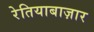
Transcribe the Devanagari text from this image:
रेतियाबाज़ार